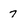
Character: 7